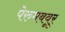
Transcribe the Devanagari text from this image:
पेरुमबवूर्